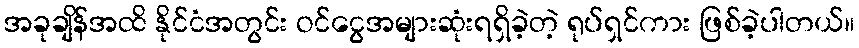
အခုချိန်အထိ နိုင်ငံအတွင်း ဝင်ငွေအများဆုံးရရှိခဲ့တဲ့ ရုပ်ရှင်ကား ဖြစ်ခဲ့ပါတယ်။